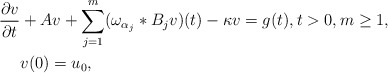
\begin{align*} \frac{\partial v}{\partial t} &+ Av + \sum\limits_{j=1}^m(\omega_{\alpha_j}*B_jv)(t) - \kappa v = g(t), t >0, m \geq 1, \\ & v(0)=u_0, \end{align*}